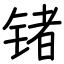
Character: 锗